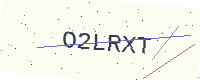
Text: O2LRXT